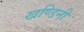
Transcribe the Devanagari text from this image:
खण्डिनी